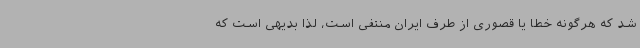
شد که هرگونه خطا یا قصوری از طرف ایران منتفی است، لذا بدیهی است که